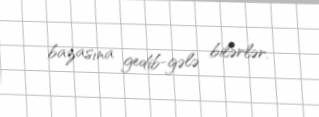
bazasına gedib-gələ bilərlər.